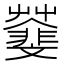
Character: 𩇿